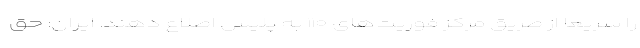
را سریعاً از طریق مرکز فوریت‌های ۱۱۰ به پلیس اطلاع دهند. ایران: حق